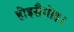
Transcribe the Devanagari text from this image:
होइसैगोइ।